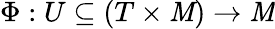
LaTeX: \Phi:U\subseteq(T\times\mathit{M})\to\mathit{M}